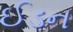
ઈડન